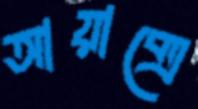
আয়াক্সে